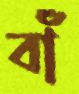
বাঁ